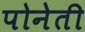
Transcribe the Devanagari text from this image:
पोनेती